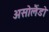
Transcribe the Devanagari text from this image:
असोलैंडो